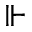
\Vdash